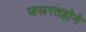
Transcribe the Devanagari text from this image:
जरूरतहोने